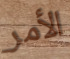
الأمر